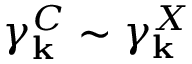
\gamma _ { \bf k } ^ { C } \sim \gamma _ { \bf k } ^ { X }